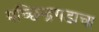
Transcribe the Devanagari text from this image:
मच्छिन्द्रगडाचा